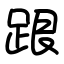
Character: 跟